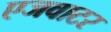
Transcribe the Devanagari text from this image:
एजवाटर